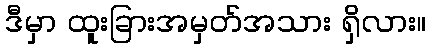
ဒီမှာ ထူးခြားအမှတ်အသား ရှိလား။